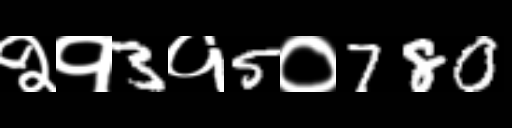
Text: २१3१5०780